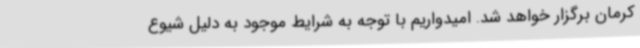
کرمان برگزار خواهد شد. امیدواریم با توجه به شرایط موجود به دلیل شیوع